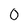
Character: O